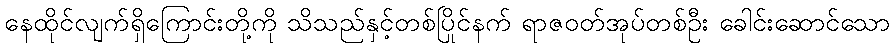
နေထိုင်လျက်ရှိကြောင်းတို့ကို သိသည်နှင့်တစ်ပြိုင်နက် ရာဇဝတ်အုပ်တစ်ဦး ခေါင်းဆောင်သော